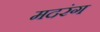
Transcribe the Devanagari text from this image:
मदरंग